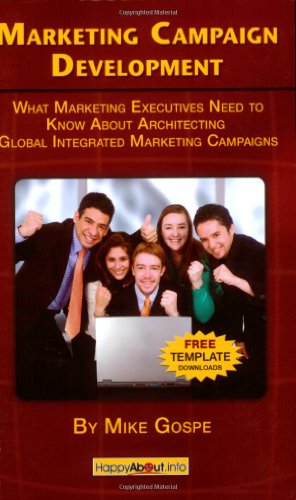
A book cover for Marketing Campaign Development: What Marketing Executives Need to Know About Architecting Global Integrated Marketing Campaigns; Mike Gospe; Business & Money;